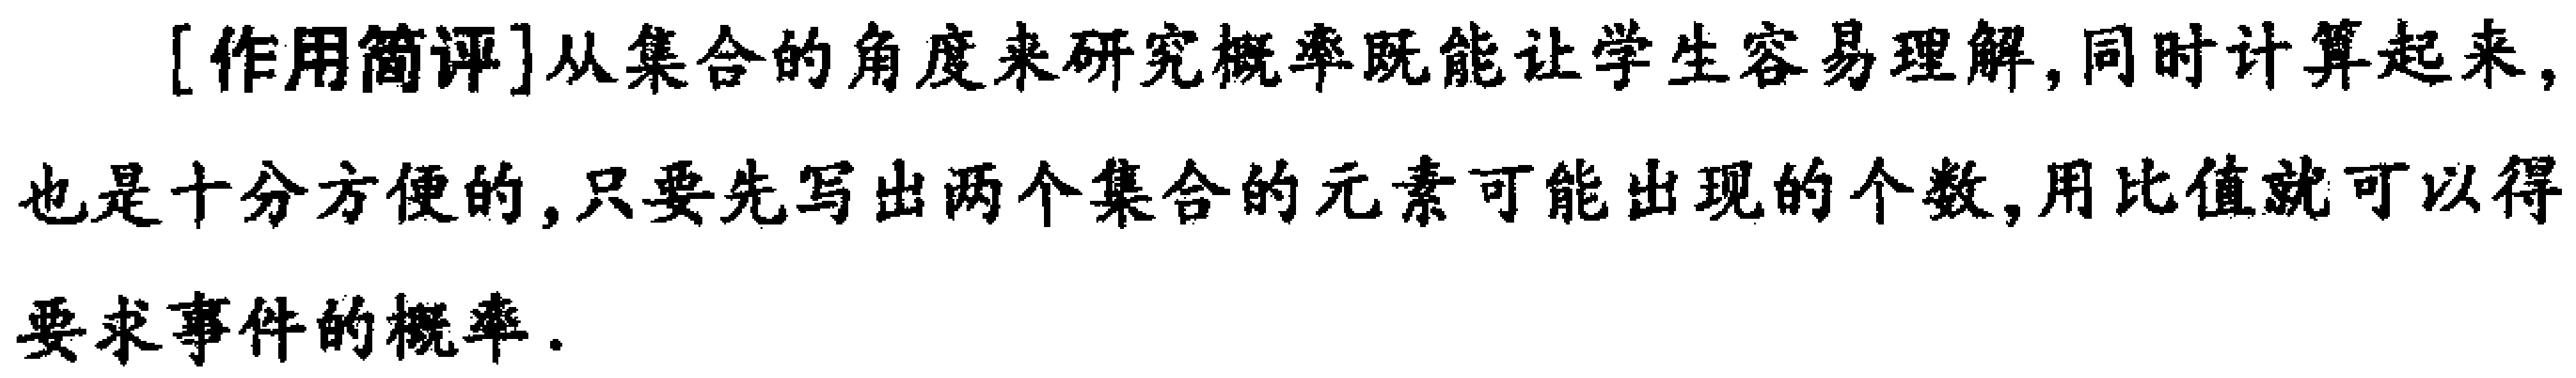
[作用简评]从集合的角度来研究概率既能让学生容易理解,同时计算起来,也是十分方便的,只要先写出两个集合的元素可能出现的个数,用比值就可以得要求事件的概率.